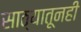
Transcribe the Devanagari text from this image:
साठ्यातूनही